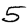
Digit: 5